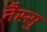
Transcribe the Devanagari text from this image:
नैस्सु